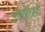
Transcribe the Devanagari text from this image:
इकत्तीसवी